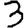
Digit: 3